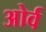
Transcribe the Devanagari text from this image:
ओर्व